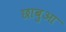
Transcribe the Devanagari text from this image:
छाबुआ